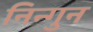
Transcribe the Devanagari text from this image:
निन्गुन